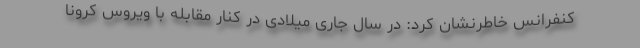
کنفرانس خاطرنشان کرد: در سال جاری میلادی در کنار مقابله با ویروس کرونا